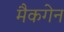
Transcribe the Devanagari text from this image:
मैकगेन